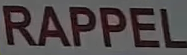
RAPPEL